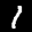
Label: 1